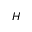
H